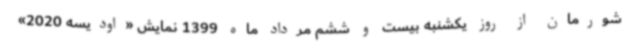
شورمان از روز یکشنبه بیست و ششم مرداد ماه 1399 نمایش «اودیسه 2020»